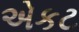
એકટ